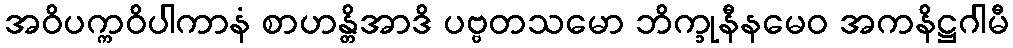
အဝိပက္ကဝိပါကာနံ စာဟန္တိအာဒိ ပဗ္ဗတသမော ဘိက္ခုနီနမေဝ အကနိဋ္ဌဂါမီ